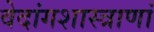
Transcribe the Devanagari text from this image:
वेदांगशास्त्राणां